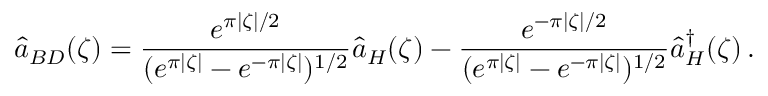
\hat { a } _ { B D } ( \zeta ) = \frac { e ^ { \pi \vert \zeta \vert / 2 } } { ( e ^ { \pi \vert \zeta \vert } - e ^ { - \pi \vert \zeta \vert } ) ^ { 1 / 2 } } \hat { a } _ { H } ( \zeta ) - \frac { e ^ { - \pi \vert \zeta \vert / 2 } } { ( e ^ { \pi \vert \zeta \vert } - e ^ { - \pi \vert \zeta \vert } ) ^ { 1 / 2 } } \hat { a } _ { H } ^ { \dagger } ( \zeta ) \, .